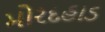
મોરદહાડ